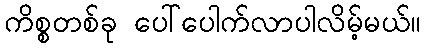
ကိစ္စတစ်ခု ပေါ်ပေါက်လာပါလိမ့်မယ်။